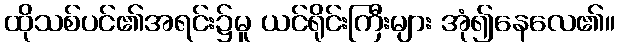
ထိုသစ်ပင်၏အရင်း၌မူ ယင်ရိုင်းကြီးများ အုံ၍နေလေ၏။